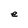
Character: e